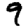
Digit: 9